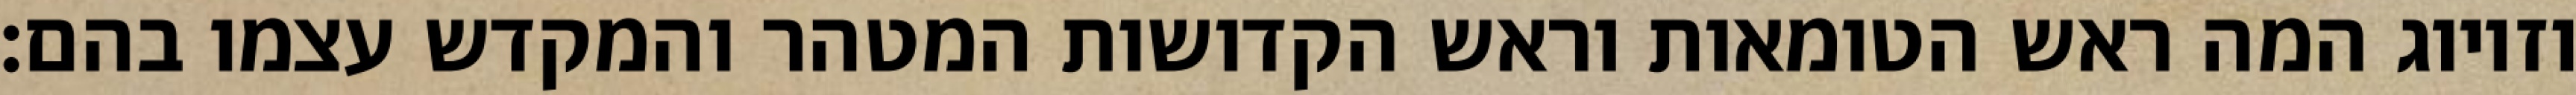
וזיווג המה ראש הטומאות וראש הקדושות המטהר והמקדש עצמו בהם: